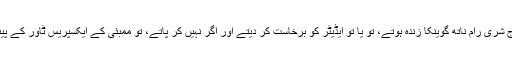
ملک کے ایک سینئر صحافی نے مجھ سے کہا کہ اگر آج شری رام ناتھ گوینکا زندہ ہوتے، تو یا تو ایڈیٹر کو برخاست کر دیتے اور اگر نہیں کر پاتے، تو ممبئی کے ایکسپریس ٹاور کے پینٹ ہاؤس سے نیچے چھلانگ لگاکر اپنی جان دے دیتے۔